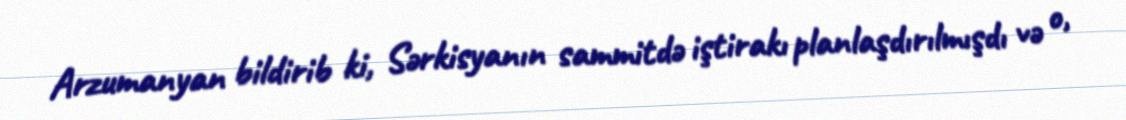
Arzumanyan bildirib ki, Sərkisyanın sammitdə iştirakı planlaşdırılmışdı və o,